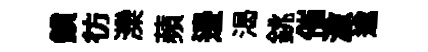
鎖彷灤蘋邊渴銚催激逾